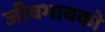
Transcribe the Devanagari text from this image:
जीवभावको